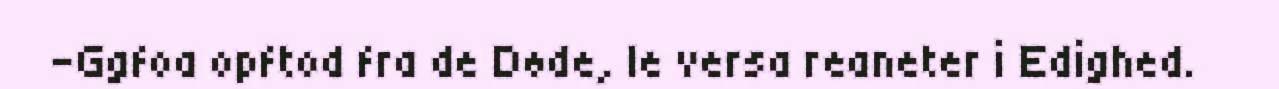
-Ggfoa opftod fra de Døde, le versa reaneter i Edighed.